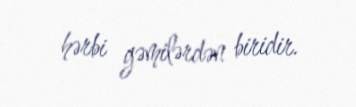
hərbi gəmilərdən biridir.